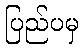
ပြည်ပမှ